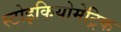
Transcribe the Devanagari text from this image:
स्टोइकियोमेट्रिक